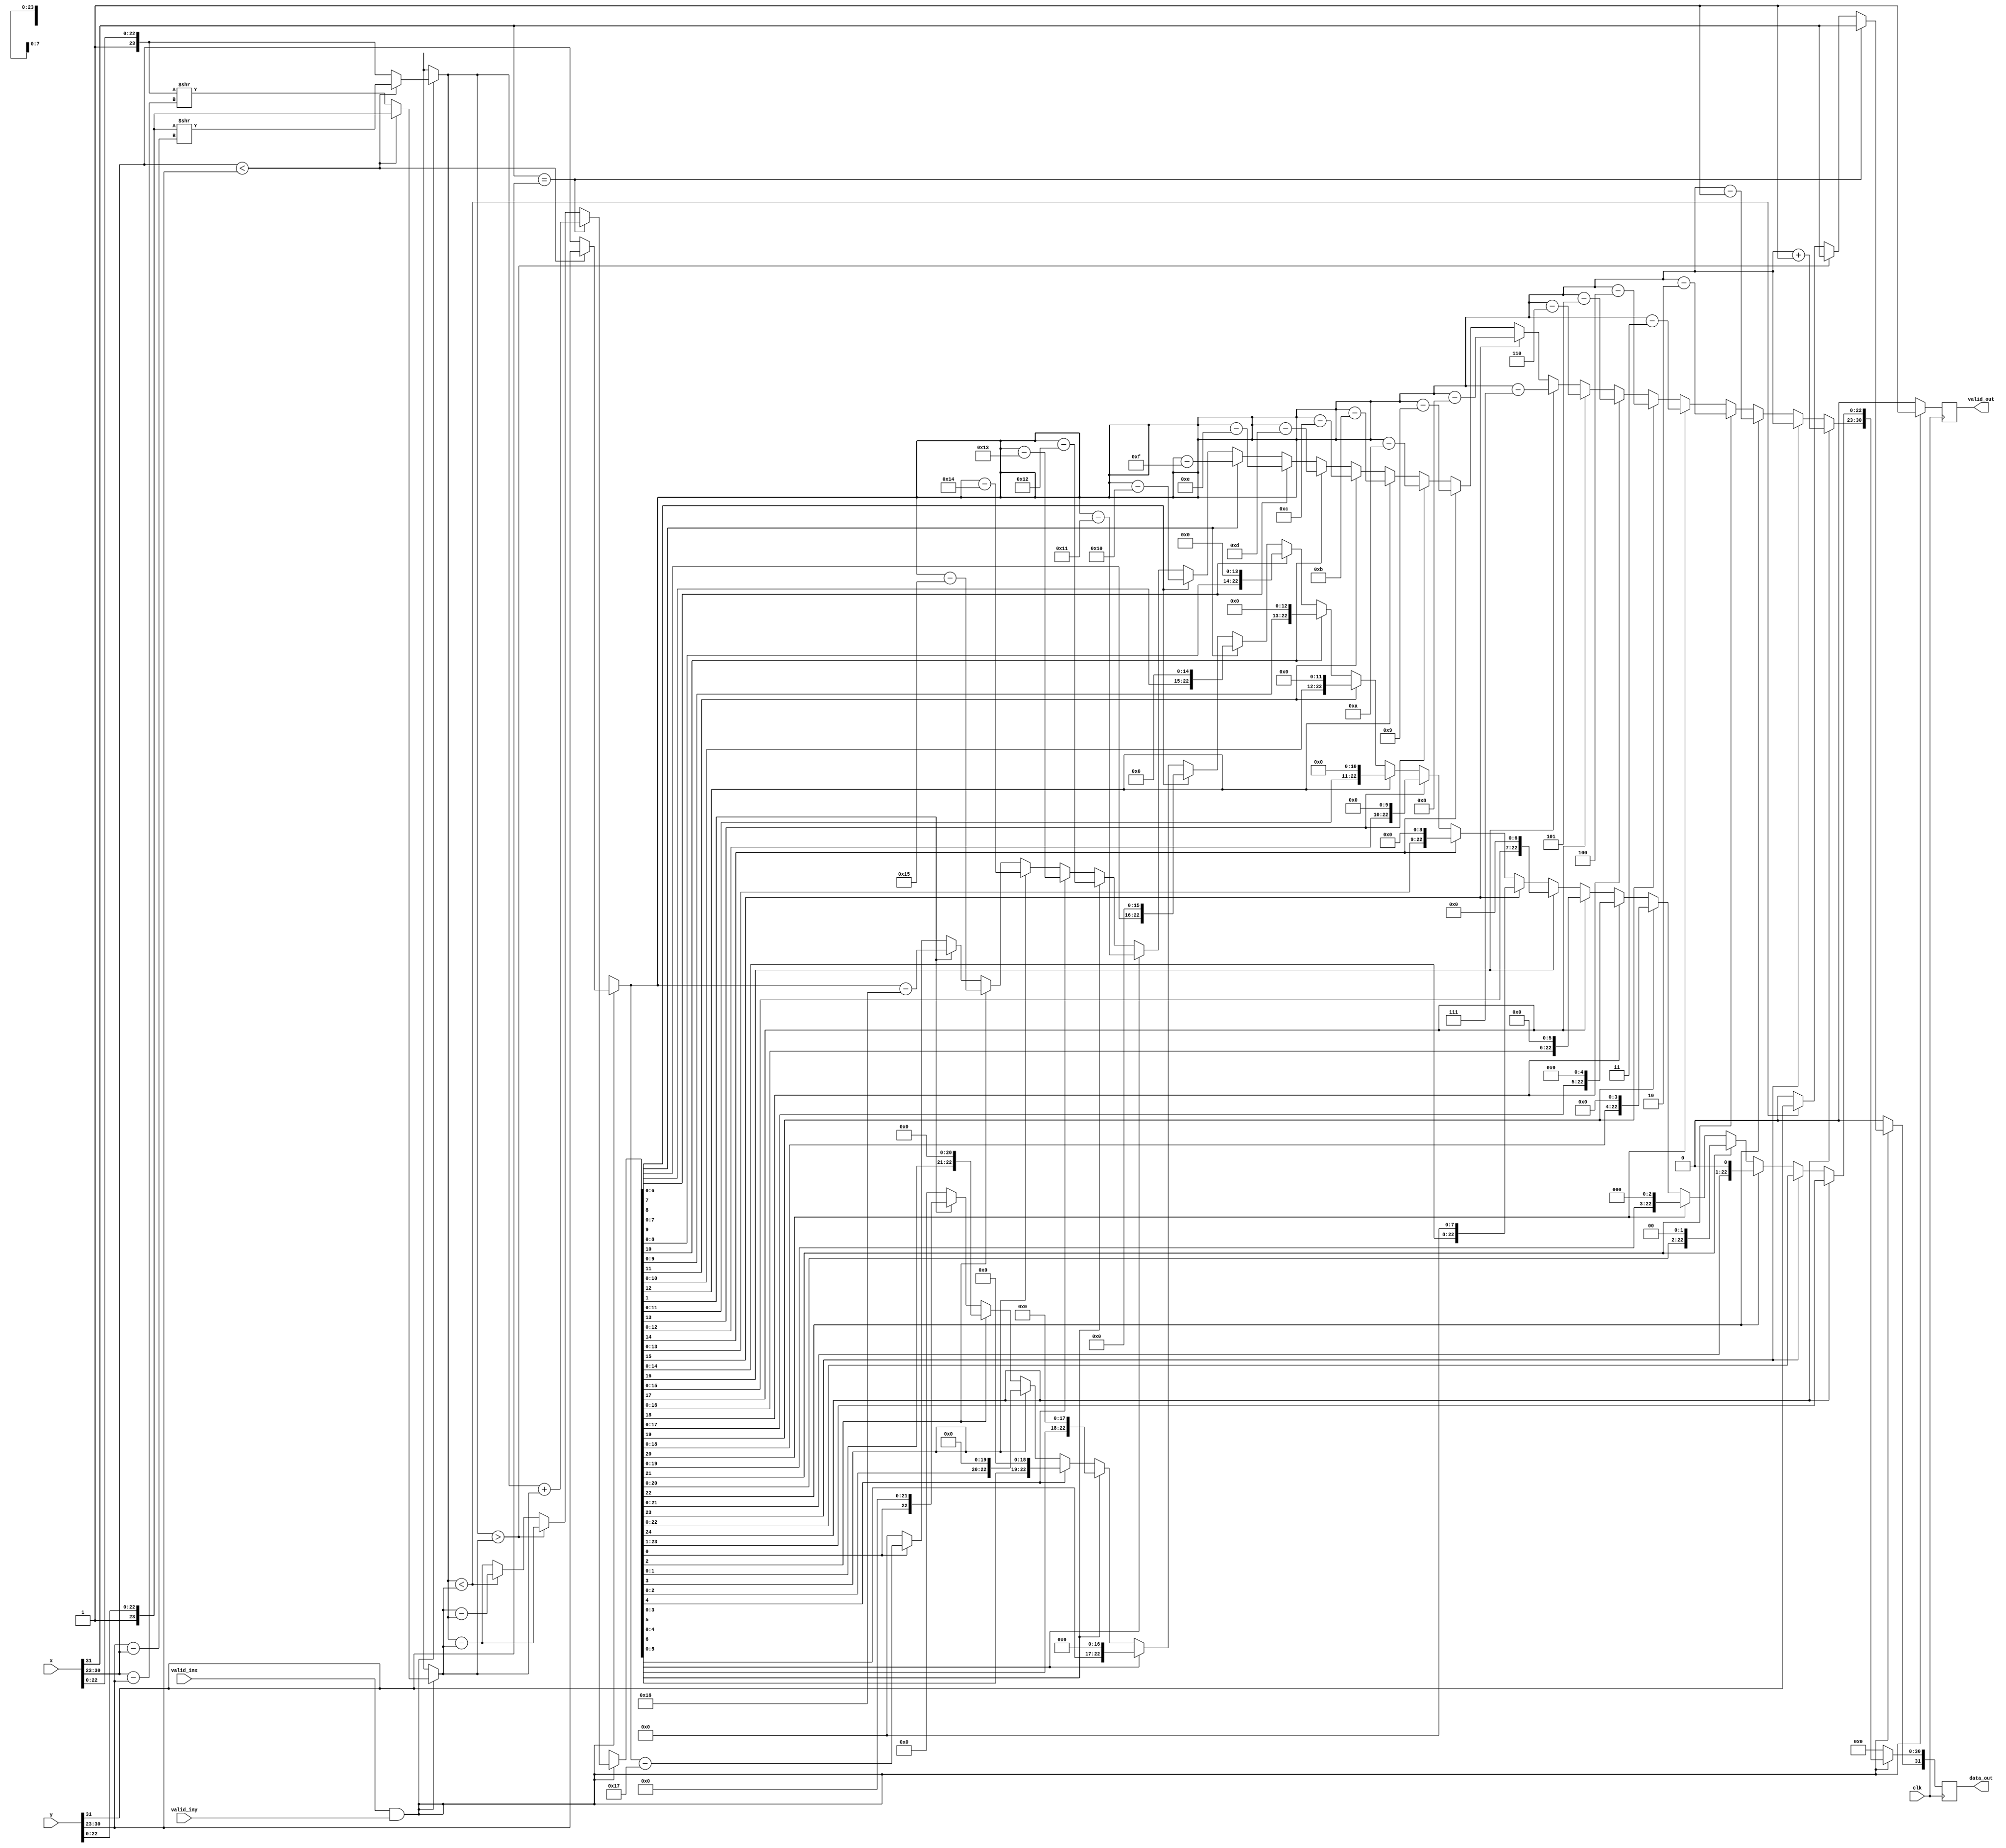
module Floatadder(data_out,x,y,valid_inx,valid_iny,valid_out,clk);
  input [31:0] x,y;
  input clk, valid_inx, valid_iny;
  output reg valid_out;
  output reg [31:0] data_out;
  
reg [7:0] ex, ey;
reg [23:0] mx, my;
reg [24:0] mout;
reg [7:0] bias;


always @(posedge clk) 
begin
if ((valid_inx == 1'b1) && (valid_iny == 1'b1)) begin
  mx = {1'd1, x[22:0]};
  my = {1'd1, y[22:0]};
  ex = x[30:23];
  ey = y[30:23];

if (ex < ey) 
  begin
    bias = ey - ex;
    ex = ey;
    mx = my >> bias;
  end

else 
  begin
    bias = ex - ey;
    ey = ex;
    my = mx >> bias;
  end


if (x[31]==y[31]) 
  begin
    mout = mx + my;
    data_out[31] = x[31];
  end
else
  
    if (mx > my)
      begin
        mout = mx - my;
        data_out[31] = x[31];
      end
else
  if (mx < my) 
    begin
      mout = my - mx;
      data_out[31]= y[31];
    end
else
  begin
    mout = mx - my;
    data_out[31] = 1'd0;
  end
    if (mout[24] == 1) begin		
				data_out[22:0] = mout[23:1];
				data_out[30:23] = ex+8'd1;
		end
		else if(mout[23] == 1) begin 					
				data_out[22:0] = mout[22:0];
				data_out[30:23] = ex;
		end
		else if (mout[22] == 1) begin
					data_out[22:0] = {mout[21:0],1'd0};
					data_out[30:23] = ex - 1;
				end
		else if (mout[21] == 1) begin
					data_out[22:0] = {mout[20:0],2'd0};
					data_out[30:23] = ex - 2;	
				end
		else if (mout[20] == 1) begin
					data_out[22:0] = {mout[19:0],3'd0};
					data_out[30:23] = ex - 3;	
				end
		else if (mout[19] == 1) begin
					data_out[22:0] = {mout[18:0],4'd0};
					data_out[30:23] = ex - 4;
				end
		else if (mout[18] == 1) begin
					data_out[22:0] = {mout[17:0],5'd0};
					data_out[30:23] = ex - 5;
				end
		else if (mout[17] == 1) begin
					data_out[22:0] = {mout[16:0],6'd0};
					data_out[30:23] = ex - 6;
				end		
		else if (mout[16] == 1) begin
					data_out[22:0] = {mout[15:0],7'd0};
					data_out[30:23] = ex - 7;
				end		
		else if (mout[15] == 1) begin
					data_out[22:0] = {mout[14:0],8'd0};
					data_out[30:23] = ex - 8;
				end
		else if (mout[14] == 1) begin
					data_out[22:0] = {mout[13:0],9'd0};
					data_out[30:23] = ex - 9;
				end
		else if (mout[13] == 1) begin
					data_out[22:0] = {mout[12:0],10'd0};
					data_out[30:23] = ex - 10;
				end
		else if (mout[12] == 1) begin
					data_out[22:0] = {mout[11:0],11'd0};
					data_out[30:23] = ex - 11;
				end
		else if (mout[11] == 1) begin
					data_out[22:0] = {mout[10:0],12'd0};
					data_out[30:23] = ex - 12;
				end
		else if (mout[10] == 1) begin
					data_out[22:0] = {mout[9:0],13'd0};
					data_out[30:23] = ex - 13;
				end
		else if (mout[9] == 1) begin
					data_out[22:0] = {mout[8:0],14'd0};
					data_out[30:23] = ex - 14;
				end
		else if (mout[8] == 1) begin
					data_out[22:0] = {mout[7:0],15'd0};
					data_out[30:23] = ex - 15;
				end
		else if (mout[7] == 1) begin
					data_out[22:0] = {mout[6:0],16'd0};
					data_out[30:23] = ex - 16;
				end
		else if (mout[6] == 1) begin
					data_out[22:0] = {mout[5:0],17'd0};
					data_out[30:23] = ex - 17;
				end
		else if (mout[5] == 1) begin
					data_out[22:0] = {mout[4:0],18'd0};
					data_out[30:23] = ex - 18;
				end
		else if (mout[4] == 1) begin
					data_out[22:0] = {mout[3:0],19'd0};
					data_out[30:23] = ex - 19;
				end
		else if (mout[3] == 1) begin
					data_out[22:0] = {mout[2:0],20'd0};
					data_out[30:23] = ex - 20;
				end
		else if (mout[2] == 1) begin
					data_out[22:0] = {mout[1:0],21'd0};
					data_out[30:23] = ex - 21;
				end
		else if (mout[1] == 1) begin
					data_out[22:0] = {mout[0],22'd0};
					data_out[30:23] = ex - 22;
				end
		else if (mout[0] == 1) begin
					data_out[22:0] = {23'd0};
					data_out[30:23] = ex - 23;
				end
		else data_out[30:0] = 0;	
valid_out = 1'b1;
end
else begin
valid_out = 1'b0;
data_out[31:0] = 1'b0;
end
end
endmodule